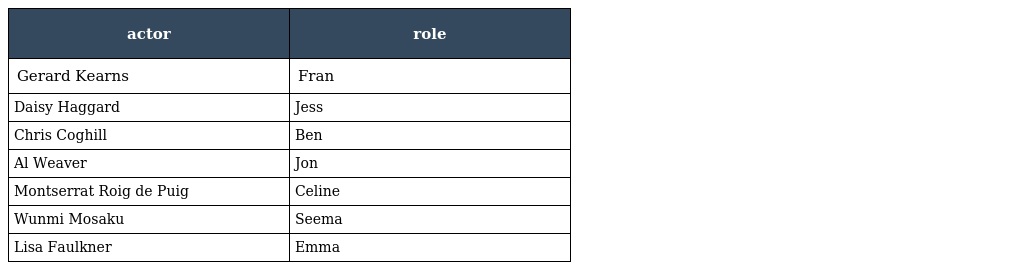
| actor | role |
 | --- | --- |
 | Gerard Kearns | Fran |
 | Daisy Haggard | Jess |
 | Chris Coghill | Ben |
 | Al Weaver | Jon |
 | Montserrat Roig de Puig | Celine |
 | Wunmi Mosaku | Seema |
 | Lisa Faulkner | Emma |